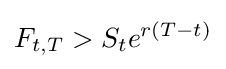
F_{t,T}>S_{t}e^{r(T-t)}